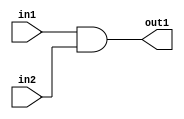
module m_and(input in1, input in2, output out1);
	assign out1 = in1 & in2;
endmodule

module m_or(input in1, input in2, output out1);
	assign out1 = in1 | in2;
endmodule

module m_not(input in1, output out1);
	assign out1 = ~in1;
endmodule

module m_xor(input in1, input in2, output out1);
	assign out1=in1 ^ in2;
endmodule